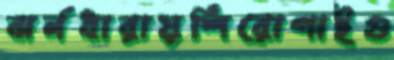
ঝর্নধারায়শিরোপাইগু